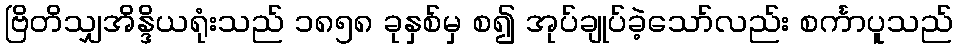
ဗြိတိသျှအိန္ဒိယရုံးသည် ၁၈၅၈ ခုနှစ်မှ စ၍ အုပ်ချုပ်ခဲ့သော်လည်း စင်္ကာပူသည်